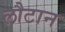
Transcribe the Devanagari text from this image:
लौटान